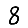
Digit: 8